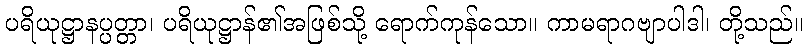
ပရိယုဋ္ဌာနပ္ပတ္တာ၊ ပရိယုဋ္ဌာန်၏အဖြစ်သို့ ရောက်ကုန်သော။ ကာမရာဂဗျာပါဒါ၊ တို့သည်။